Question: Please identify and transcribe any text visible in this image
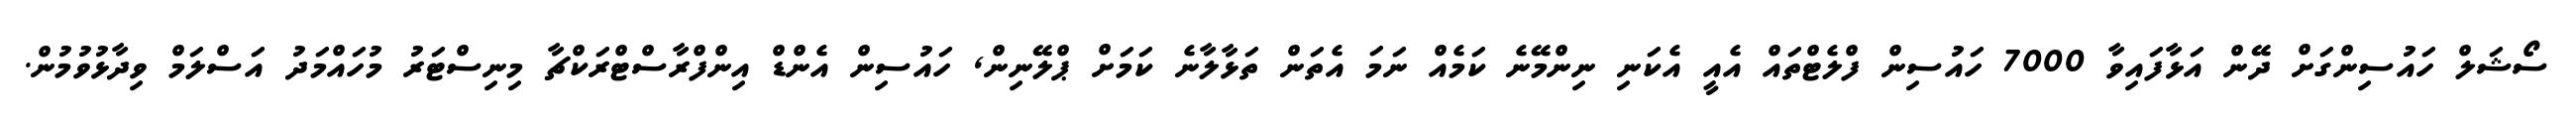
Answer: ސޯޝަލް ހައުސިންގަށް ދޭން އަޅާފައިވާ 7000 ހައުސިން ފްލެޓްތައް އެއީ އެކަނި ނިންމޭނެ ކަމެއް ނަމަ އެތަން ތަޅާލާނެ ކަމަށް ޕްލޭނިން, ހައުސިން އެންޑް އިންފްރާސްޓްރަކްޗާ މިނިސްޓަރު މުހައްމަދު އަސްލަމް ވިދާޅުވުމުން.